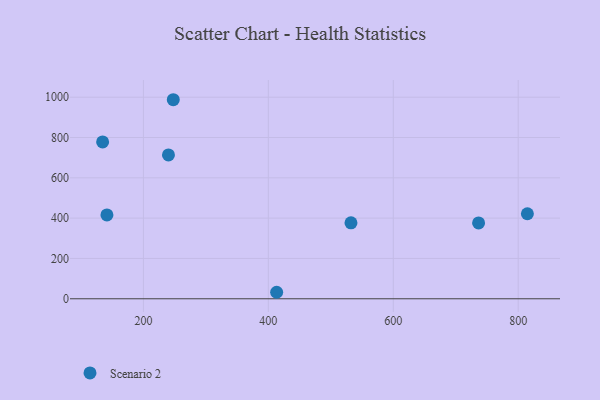
{"axis": {"x": "Investment", "y": "Exam Score"}, "legend": ["Scenario 2"], "data": [{"x": "532.3", "y": 376.9, "type": "Scenario 2"}, {"x": "141.6", "y": 416.0, "type": "Scenario 2"}, {"x": "736.6", "y": 376.0, "type": "Scenario 2"}, {"x": "247.8", "y": 987.4, "type": "Scenario 2"}, {"x": "413.3", "y": 32.2, "type": "Scenario 2"}, {"x": "134.7", "y": 778.3, "type": "Scenario 2"}, {"x": "814.7", "y": 421.7, "type": "Scenario 2"}, {"x": "240.1", "y": 713.6, "type": "Scenario 2"}]}